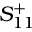
S _ { 1 1 } ^ { + }